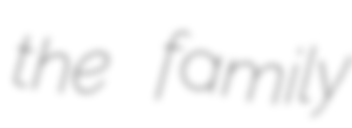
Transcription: the family